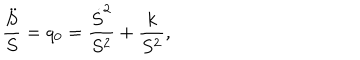
LaTeX: { \frac { \ddot { S } } { S } } = q _ { 0 } = { \frac { \dot { S } ^ { 2 } } { S ^ { 2 } } } + { \frac { k } { S ^ { 2 } } } ,